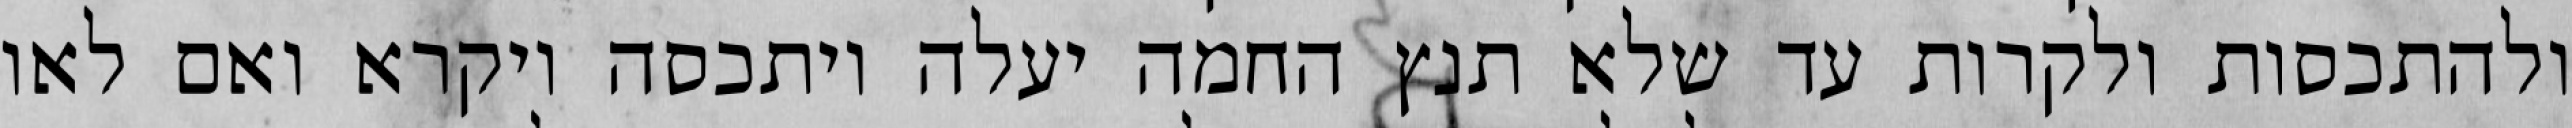
ולהתכסות ולקרות עד שלא תנץ החמה יעלה ויתכסה ויקרא ואם לאו